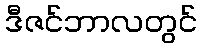
ဒီဇင်ဘာလတွင်